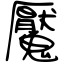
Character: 魘